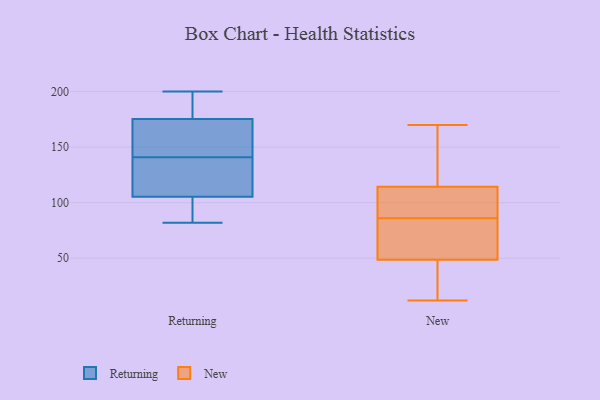
{"axis": {"x": "Inventory Turnover", "y": "Value"}, "legend": ["New", "Returning"], "data": [{"x": "", "y": 141, "type": "Returning"}, {"x": "", "y": 82, "type": "Returning"}, {"x": "", "y": 200, "type": "Returning"}, {"x": "", "y": 170, "type": "Returning"}, {"x": "", "y": 168, "type": "Returning"}, {"x": "", "y": 172, "type": "Returning"}, {"x": "", "y": 103, "type": "Returning"}, {"x": "", "y": 189, "type": "Returning"}, {"x": "", "y": 93, "type": "Returning"}, {"x": "", "y": 119, "type": "Returning"}, {"x": "", "y": 106, "type": "Returning"}, {"x": "", "y": 128, "type": "Returning"}, {"x": "", "y": 185, "type": "Returning"}, {"x": "", "y": 12, "type": "New"}, {"x": "", "y": 101, "type": "New"}, {"x": "", "y": 53, "type": "New"}, {"x": "", "y": 157, "type": "New"}, {"x": "", "y": 118, "type": "New"}, {"x": "", "y": 56, "type": "New"}, {"x": "", "y": 113, "type": "New"}, {"x": "", "y": 86, "type": "New"}, {"x": "", "y": 63, "type": "New"}, {"x": "", "y": 35, "type": "New"}, {"x": "", "y": 170, "type": "New"}, {"x": "", "y": 15, "type": "New"}, {"x": "", "y": 103, "type": "New"}]}